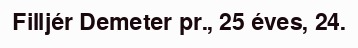
Filljér Demeter pr., 25 éves, 24.